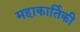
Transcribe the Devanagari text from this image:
महाकार्तिकी